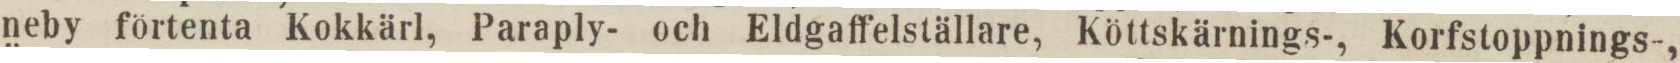
neby förtenta Kokkärl, Paraply- och Eldgaffelställare, Köttskärnings-, Korfstoppnings-,